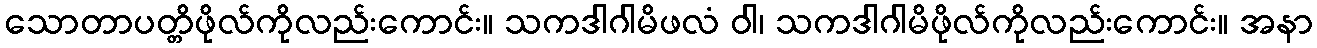
သောတာပတ္တိဖိုလ်ကိုလည်းကောင်း။ သကဒါဂါမိဖလံ ဝါ၊ သကဒါဂါမိဖိုလ်ကိုလည်းကောင်း။ အနာ